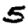
Digit: 5